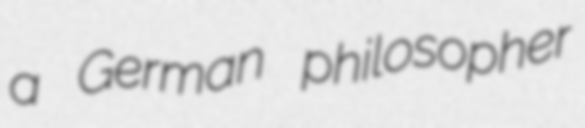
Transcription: a German philosopher